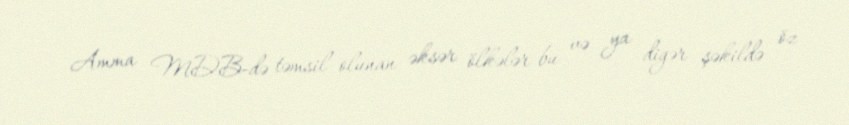
Amma MDB-də təmsil olunan əksər ölkələr bu və ya digər şəkildə öz